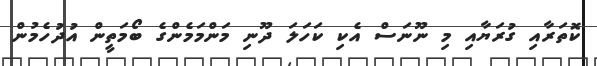
ކޮތަރާއި ގުރަޔާއި މި ނޫނަސް އެކި ކަހަލަ ދޫނި މަންމަމެންގެ ބޯމަތީން އުދުހެމުން